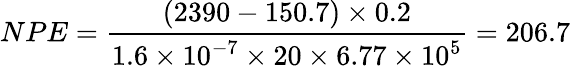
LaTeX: NPE=\frac{(2390-150.7)\times 0.2}{1.6\times 10^{-7}\times 20\times 6.77\times 10^{5}}=206.7